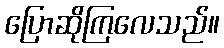
ပြောဆိုကြလေသည်။